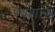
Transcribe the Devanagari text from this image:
स्वशास्त्र